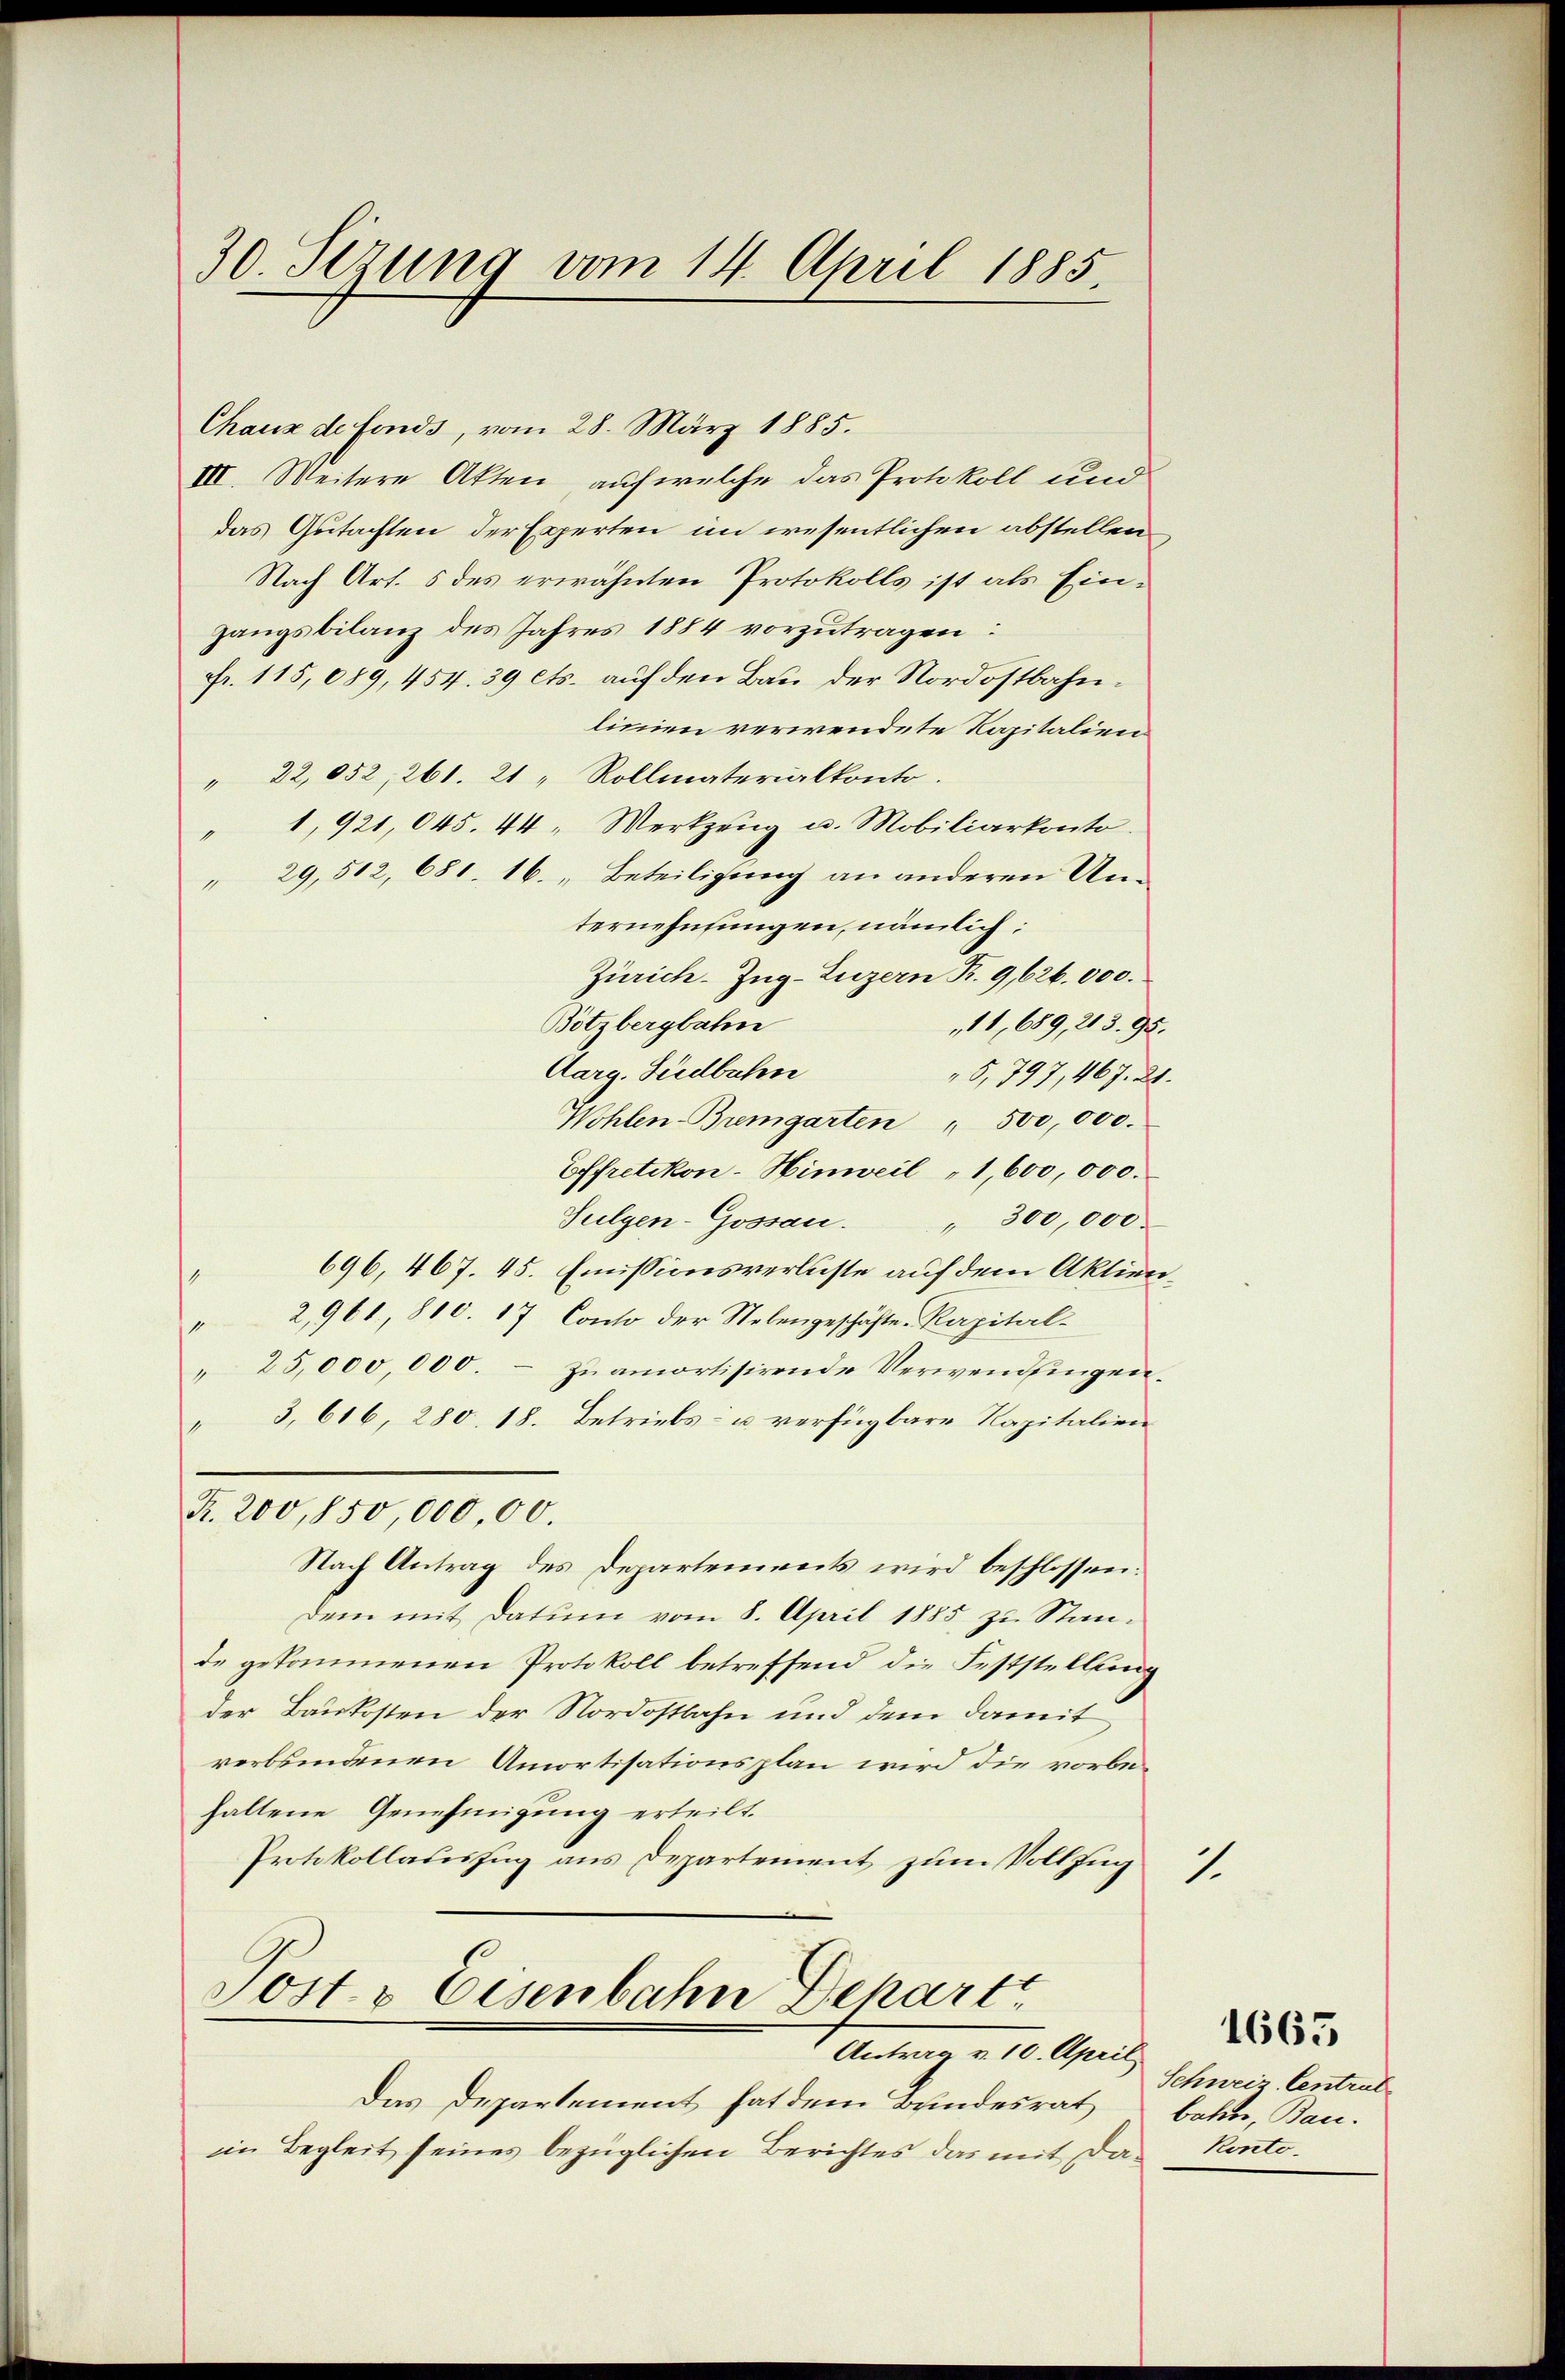
30. Sezung vom 14. April 1885.

Chaux de fonds, vom 28. März 1885.
III. Weitere Akten, auf welche das Protokoll und
Das Gutachten der Experten im wesentlichen abstellen¬
Nach Art. 5 des erwähnten Protokolls ist als Eingangsbilanz des Jahres 1884 vorzutragen:
Fr. 115,089, 454. 39 cts. auf den Bau der Nordostbahnlinien verwendete Kapitalien
" 22,052, 261. 21 "Rollmaterialkonto.
1,921,045. 44. Werkzeug u. Mobiliarkonto.
" 29,512, 681. 16. „Beteiligung an anderen Unternehmungen, nämlich:
Zürich–Zug–Luzern R. 9,626,000.
Bötzbergbahn
„11,689, 213. 95.
Aarg. Südbahn
" 5, 797, 467. 21.
Wohlen-Bremgarten " 500,000.
Effretikon-Hinweil "1,600,000.
Sulgen-Gossau. " 300,000
696, 467. 45. Emissionsverluste auf dem Aktien¬
" 2,961, 810. 17 Conto der Stelengeschäfte Kapital¬
"25,000,000.- zŭ amortisirende Verwendŭngen.
" 3, 616, 280. 18. Betriebs- u. verfügbare Kapitalien
R. 200,850,000,00
Nach Antrag des Departements wird beschlossen:
dem mit Datum vom 8. April 1885 zu Stande gekommenen Protokoll betreffend die Feststellung
der Baukosten der Nordostbahn und dem damit
verbindenen Amortisationsplan wird die vorbehaltene Genehmigung erteilt.
Protokollauszug aus Departement zum Vollzug
1.

Post- & Eisenbahn Departe
Antrag v. 10. April

Das Departement hat dem Bundesrat
im Begleit seines bezüglichen Berichtes das mit Da-

1665

Schweiz. Central
baher, Bau.
Konto.